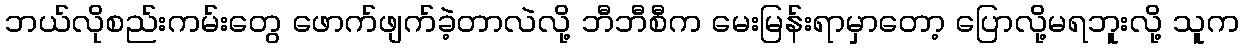
ဘယ်လိုစည်းကမ်းတွေ ဖောက်ဖျက်ခဲ့တာလဲလို့ ဘီဘီစီက မေးမြန်းရာမှာတော့ ပြောလို့မရဘူးလို့ သူက